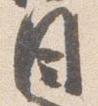
目